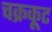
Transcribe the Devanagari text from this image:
चक्रकूट